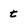
Character: t